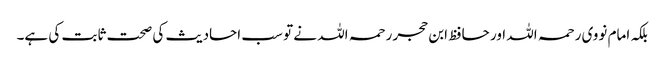
بلکہ امام نووی رحمہ اللہ اور حافظ ابن حجر رحمہ اللہ نے تو سب احادیث کی صحت ثابت کی ہے۔